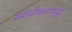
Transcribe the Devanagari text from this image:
समाजीकरणामुळे